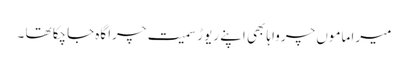
میرا ماموں چرواہا بھی اپنے ریوڑ سمیت چراگاہ جاچکا تھا ۔